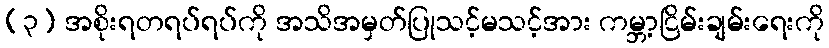
(၃) အစိုးရတရပ်ရပ်ကို အသိအမှတ်ပြုသင့်မသင့်အား ကမ္ဘာ့ငြိမ်းချမ်းရေးကို